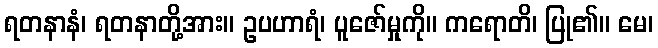
ရတနာနံ၊ ရတနာတို့အား။ ဥပဟာရံ၊ ပူဇော်မှုကို။ ကရောတိ၊ ပြု၏။ မေ၊